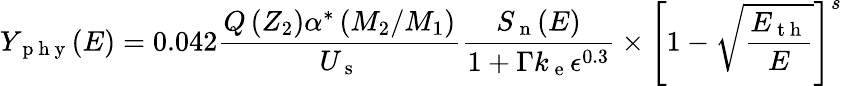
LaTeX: Y_{\mathrm{~p~h~y~}}(E)=0.042\frac{Q\left(Z_{2}\right)\alpha^{*}\left(M_{2}/M_{1}\right)}{U_{\mathrm{~s~}}}\frac{S_{\mathrm{~n~}}(E)}{1+\Gamma k_{\mathrm{~e~}}\epsilon^{0.3}}\times{\left[1-\sqrt{\frac{E_{\mathrm{~t~h~}}}{E}}\right]^{s}}